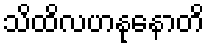
သိထိလဟနုနောတိ